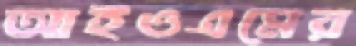
আইওএমের